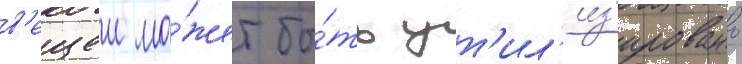
в'ещеи мо́жет бы́ть ут'ил'из'ировано